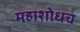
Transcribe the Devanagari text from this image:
महाशोधच